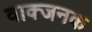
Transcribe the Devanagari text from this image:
वाक्जनक